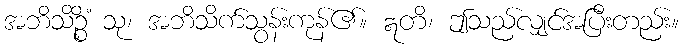
အဘိသိဉ္စိံ သု၊ အဘိသိက်သွန်းကုန်၏။ ဣတိ၊ ဤသည်လျှင်အပြီးတည်း။